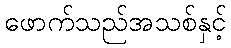
ဖောက်သည်အသစ်နှင့်